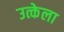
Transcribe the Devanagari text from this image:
उत्केला